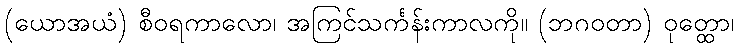
(ယောအယံ) စီဝရကာလော၊ အကြင်သင်္ကန်းကာလကို။ (ဘဂဝတာ) ဝုတ္ထော၊